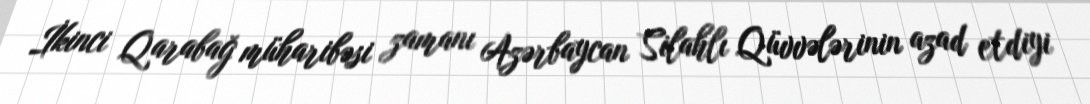
İkinci Qarabağ müharibəsi zamanı Azərbaycan Silahlı Qüvvələrinin azad etdiyi